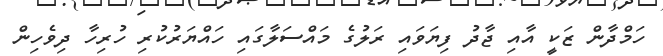
ހަމްދާން ޒަކީ އާއި ޖާދު ފިޔަވައި ރަލުގެ މައްސަލާގައި ހައްޔަރުކުރި ހުރިހާ ދިވެހިން